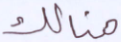
هنالك